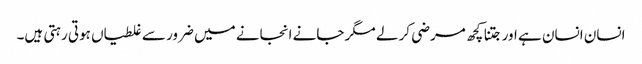
انسان انسان ہے اور جتنا کچھ مرضی کر لے مگر جانے انجانے میں ضرور سے غلطیاں ہوتی رہتی ہیں۔